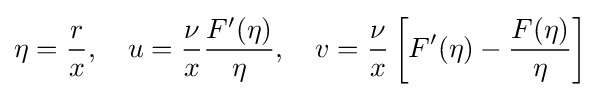
\eta ={\frac {r}{x}},\quad u={\frac {\nu }{x}}{\frac {F'(\eta )}{\eta }},\quad v={\frac {\nu }{x}}\left[F'(\eta )-{\frac {F(\eta )}{\eta }}\right]